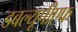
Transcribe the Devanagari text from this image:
डबल्यूपीएफ